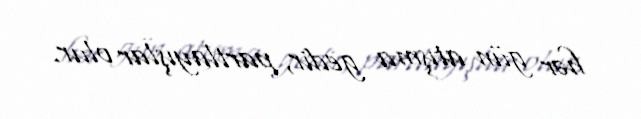
hər gün atışma gedir, partlayışlar olur.